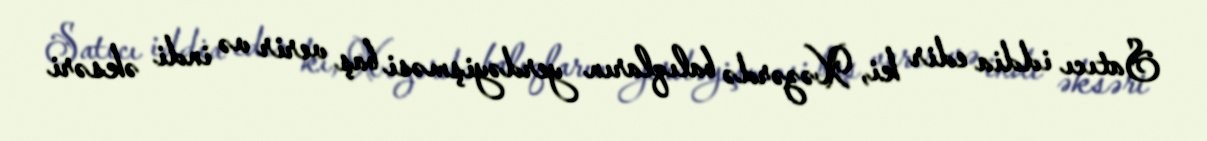
Satıcı iddia edir ki, Xəzərdə balıqların yerdəyişməsi baş verir və indi əksəri